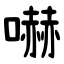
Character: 嚇